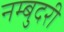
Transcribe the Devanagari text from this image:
नम्बुदरी